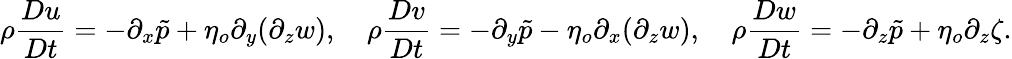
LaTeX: \rho\frac{Du}{Dt}=-\partial_{x}\tilde{p}+\eta_{o}\partial_{y}(\partial_{z}w),\quad\rho\frac{Dv}{Dt}=-\partial_{y}\tilde{p}-\eta_{o}\partial_{x}(\partial_{z}w),\quad\rho\frac{Dw}{Dt}=-\partial_{z}\tilde{p}+\eta_{o}\partial_{z}\zeta.